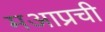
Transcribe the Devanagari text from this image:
मआप्रची